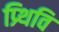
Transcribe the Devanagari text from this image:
प्र्थिवि